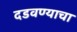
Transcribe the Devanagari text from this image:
दडवण्याचा